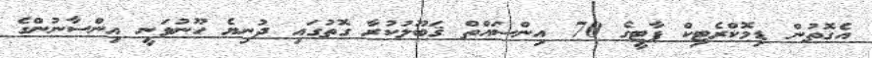
އެގޮތުން ޑިމޮކްރެޓިކް ޕާޓީގެ 70 އިންސައްތް ޤަބޫލުކުރާ ގޮތުގައި ދުނިޔެ ހޫނުވަނީ އިންސާނުންގެ